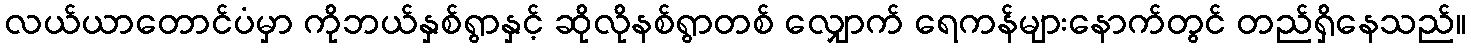
လယ်ယာတောင်ပံမှာ ကိုဘယ်နှစ်ရွာနှင့် ဆိုလိုနစ်ရွာတစ် လျှောက် ရေကန်များနောက်တွင် တည်ရှိနေသည်။